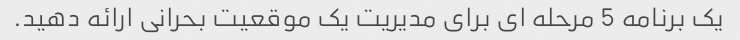
یک برنامه 5 مرحله ای برای مدیریت یک موقعیت بحرانی ارائه دهید.